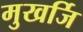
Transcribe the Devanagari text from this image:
मुखर्जि